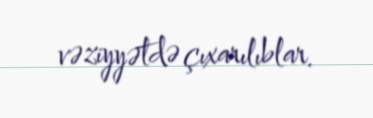
vəziyyətdə çıxarılıblar.